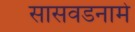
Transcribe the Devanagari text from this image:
सासवडनामे